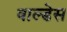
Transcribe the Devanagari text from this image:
वाल्डेस